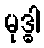
မုဒ္ဓါ